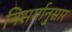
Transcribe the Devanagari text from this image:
निसर्गानुसार